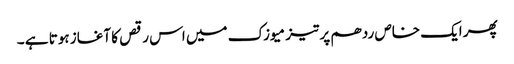
پھر ایک خاص ردھم پر تیز میوزک میں اس رقص کا آغاز ہوتا ہے ۔